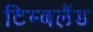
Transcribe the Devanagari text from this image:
टिम्बलैंड